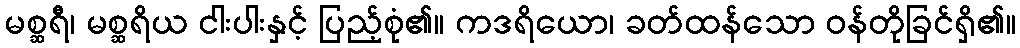
မစ္ဆရီ၊ မစ္ဆရိယ ငါးပါးနှင့် ပြည့်စုံ၏။ ကဒရိယော၊ ခတ်ထန်သော ဝန်တိုခြင်ရှိ၏။